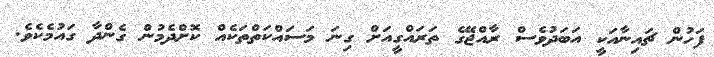
ފަހުން ޗައިނާއަކީ އަބަދުވެސް ރާއްޖޭގެ ތަރައްގީއަށް ގިނަ މަސައްކަތްތަކެއް ކޮށްދެމުން ގެންދާ ގައުމެކެވެ.